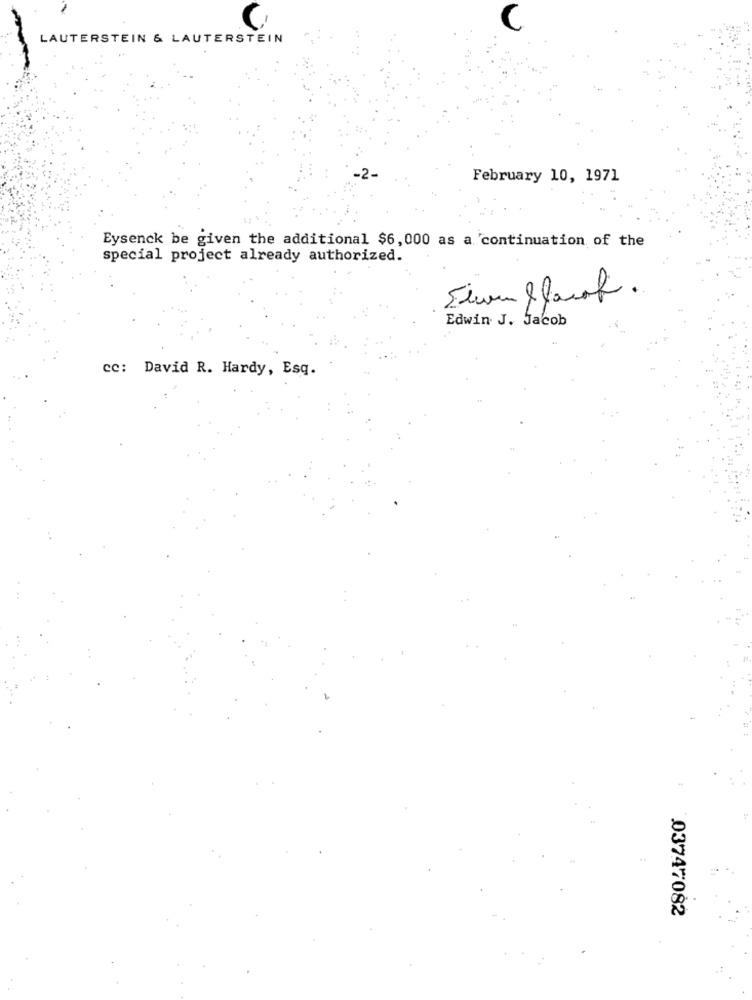
LAUTERSTEIN & LAUTERSTEIN
February 10, 1971
Eysenck be given the additional $6, 000 as a continuation of the
special project already authorized.
Edwin J. Jacob
cc: David R. Hardy, Esq.
03747082